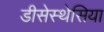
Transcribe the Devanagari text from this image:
डीसेस्थेसिया